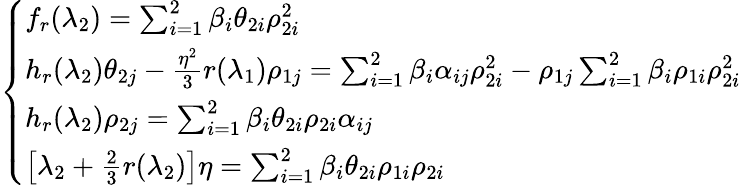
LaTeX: \left\{ \begin{array}{ll}{f_{r}(\lambda_{2})=\sum_{i=1}^{2}\beta_{i}\theta_{2i}\rho_{2i}^{2}}\\ {h_{r}(\lambda_{2})\theta_{2j}-\frac{\eta^{2}}{3}r(\lambda_{1})\rho_{1j}=\sum_{i=1}^{2}\beta_{i}\alpha_{ij}\rho_{2i}^{2}-\rho_{1j}\sum_{i=1}^{2}\beta_{i}\rho_{1i}\rho_{2i}^{2}}\\ {h_{r}(\lambda_{2})\rho_{2j}=\sum_{i=1}^{2}\beta_{i}\theta_{2i}\rho_{2i}\alpha_{ij}}\\ {\left[\lambda_{2}+\frac 23r(\lambda_{2})\right]\eta=\sum_{i=1}^{2}\beta_{i}\theta_{2i}\rho_{1i}\rho_{2i}}\end{array}\right.